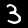
Digit: 3